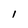
Character: I